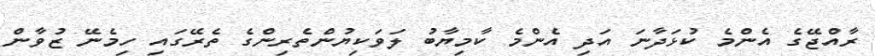
ރާއްޖޭގެ އެންމެ ކުޅަދާނަ އަދި އެންމެ ކާމިޔާބު ލަވަކިޔުންތެރިންގެ ތެރޭގައި ހިމެނޭ ޒުވާން